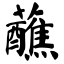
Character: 蘸